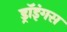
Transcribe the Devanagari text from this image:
ड्रॉइंगस